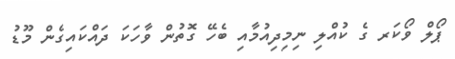
ޕޯލް ވޯކަރ ގެ ކުއްލި ނިމިދިއުމާއި ބެހޭ ގޮތުން ވާހަކަ ދައްކައިގެން މޫޑު